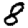
Digit: 8